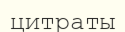
цитраты